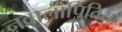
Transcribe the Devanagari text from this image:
नवालापितिया